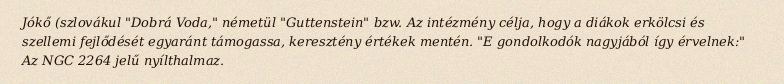
Jókő (szlovákul "Dobrá Voda," németül "Guttenstein" bzw. Az intézmény célja, hogy a diákok erkölcsi és szellemi fejlődését egyaránt támogassa, keresztény értékek mentén. "E gondolkodók nagyjából így érvelnek:" Az NGC 2264 jelű nyílthalmaz.